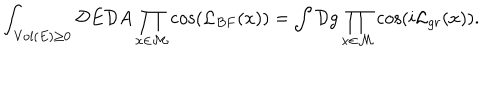
\int _ { \mathrm { V o l } ( E ) \geq 0 } { \cal D } E { \cal D } A \prod _ { x \in \cal M } \cos ( { \cal L } _ { B F } ( x ) ) = \int { \cal D } g \prod _ { x \in \cal M } \cos ( i { \cal L } _ { g r } ( x ) ) .